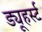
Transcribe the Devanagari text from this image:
ड्यूहर्स्ट